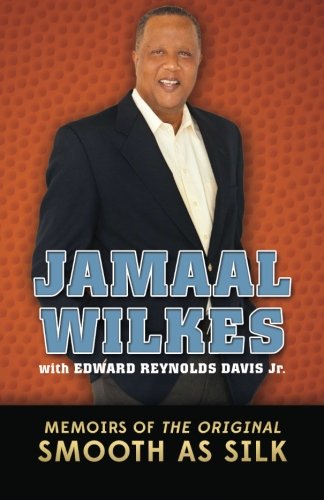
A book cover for Jamaal Wilkes: Memoirs of The Original Smooth As Silk; Jamaal Wilkes; Biographies & Memoirs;